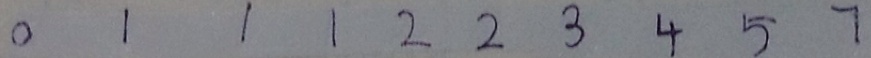
0 1 1 1 2 2 3 4 5 7